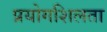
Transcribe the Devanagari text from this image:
प्रयोगशिलता